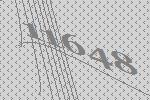
11648